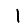
Digit: 1